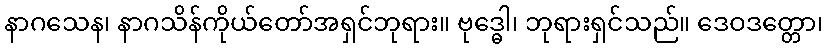
နာဂသေန၊ နာဂသိန်ကိုယ်တော်အရှင်ဘုရား။ ဗုဒ္ဓေါ၊ ဘုရားရှင်သည်။ ဒေဝဒတ္တော၊